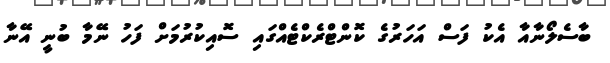
ބާސެލޯނާއާ އެކު ފަސް އަހަރުގެ ކޮންޓްރެކްޓެއްގައި ސޮއިކުރުމަށް ފަހު ނޭމާ ބުނީ އޭނާ